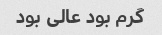
گرم بود عالی بود